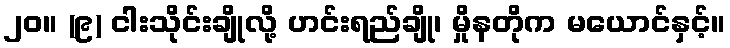
၂၀။ (၉) ငါးသိုင်းချိုလို့ ဟင်းရည်ချို၊ မှိုနတိုက မယောင်နှင့်။